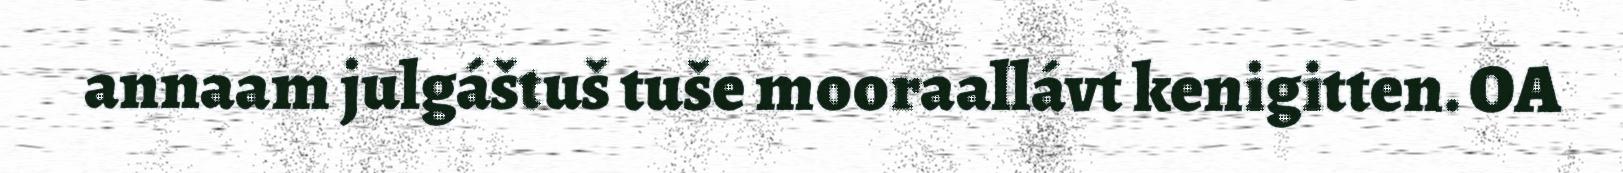
annaam julgáštuš tuše mooraallávt kenigitten. OA